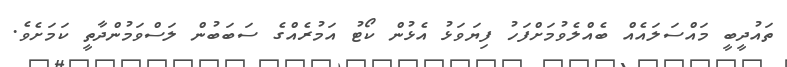
ތައުދީބީ މައްސަލައެއް ބެއްލެވުމަށްފަހު ފިޔަވަޅު އެޅުން ކޯޓު އަމުރެއްގެ ސަބަބުން ލަސްވަމުންދާތީ ކަމަށެވެ.